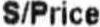
S/PRICE